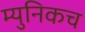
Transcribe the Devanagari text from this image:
म्युनिकच